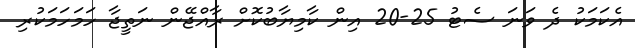
އެކަަމަކު ދެ ވަނަ ސެޓު 25-20 އިން ކާމިޔާބުކޮށް ރާއްޖޭން ނަތީޖާ ހަމަހަމަކުރި